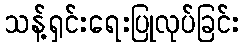
သန့်ရှင်းရေးပြုလုပ်ခြင်း